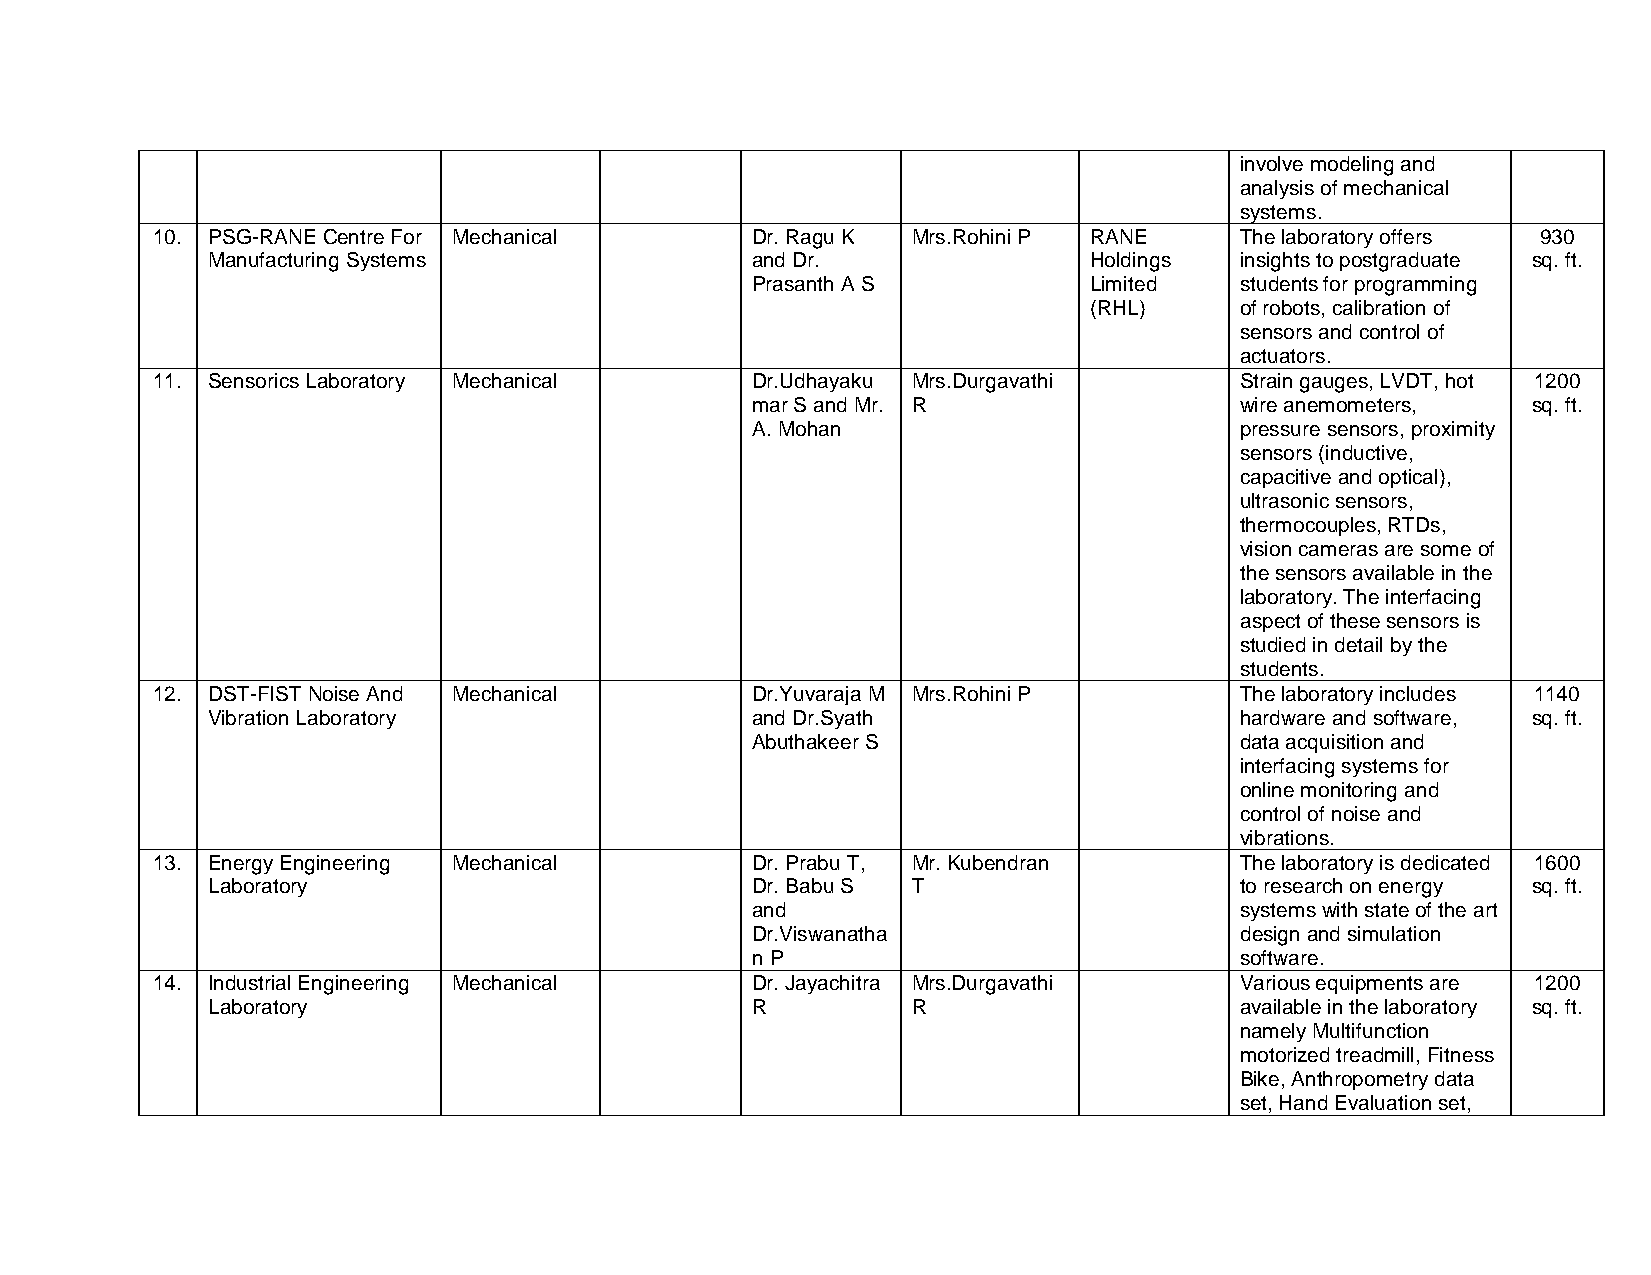
involve modeling and
 analysis of mechanical
 systems.
 10. PSG-RANE Centre For Mechanical      Dr. Ragu K Mrs.Rohini P RANE    The laboratory offers 930
 Manufacturing Systems               and Dr.               Holdings  insights to postgraduate sq. ft.
 Prasanth A S          Limited   students for programming
 (RHL)     of robots, calibration of
 sensors and control of
 actuators.
 11. Sensorics Laboratory Mechanical     Dr.Udhayaku Mrs.Durgavathi      Strain gauges, LVDT, hot 1200
 mar S and Mr. R                 wire anemometers,  sq. ft.
 A. Mohan                        pressure sensors, proximity
 sensors (inductive,
 capacitive and optical),
 ultrasonic sensors,
 thermocouples, RTDs,
 vision cameras are some of
 the sensors available in the
 laboratory. The interfacing
 aspect of these sensors is
 studied in detail by the
 students.
 12. DST-FIST Noise And Mechanical       Dr.Yuvaraja M Mrs.Rohini P      The laboratory includes 1140
 Vibration Laboratory                and Dr.Syath                    hardware and software, sq. ft.
 Abuthakeer S                    data acquisition and
 interfacing systems for
 online monitoring and
 control of noise and
 vibrations.
 13. Energy Engineering Mechanical       Dr. Prabu T, Mr. Kubendran      The laboratory is dedicated 1600
 Laboratory                          Dr. Babu S T                    to research on energy sq. ft.
 and                             systems with state of the art
 Dr.Viswanatha                   design and simulation
 n P                             software.
 14. Industrial Engineering Mechanical   Dr. Jayachitra Mrs.Durgavathi   Various equipments are 1200
 Laboratory                          R         R                     available in the laboratory sq. ft.
 namely Multifunction
 motorized treadmill, Fitness
 Bike, Anthropometry data
 set, Hand Evaluation set,